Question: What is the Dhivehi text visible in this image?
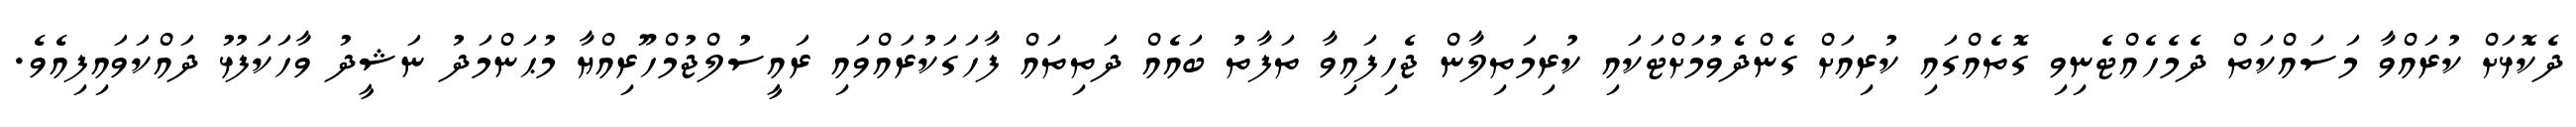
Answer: ދެކޮޅަށް ކުރައްވާ މަސައްކަތް ދެމެހެއްޓެނިވި ގޮތެއްގައި ކުރިއަށް ގެންދެވުމަށްޓަކައި ކުރިމަތިލާން ޖެހިފައިވާ ތަފާތު ބައެއް ދަތިތައް ފާހަގަކުރައްވައި ރައީސުލްޖުމްހޫރިއްޔާ މުޙަންމަދު ނަޝީދު ވާހަކަފުޅު ދައްކަވައިފިއެވެ.